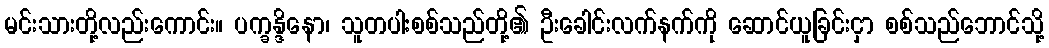
မင်းသားတို့လည်းကောင်း။ ပက္ခန္ဒိနော၊ သူတပါးစစ်သည်တို့၏ ဦးခေါင်းလက်နက်ကို ဆောင်ယူခြင်းငှာ စစ်သည်ဘောင်သို့